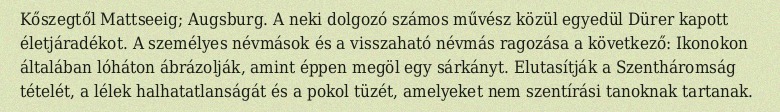
Kőszegtől Mattseeig; Augsburg. A neki dolgozó számos művész közül egyedül Dürer kapott életjáradékot. A személyes névmások és a visszaható névmás ragozása a következő: Ikonokon általában lóháton ábrázolják, amint éppen megöl egy sárkányt. Elutasítják a Szentháromság tételét, a lélek halhatatlanságát és a pokol tüzét, amelyeket nem szentírási tanoknak tartanak.